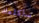
سأكلمك